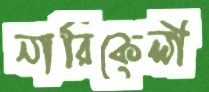
নারিকেলী